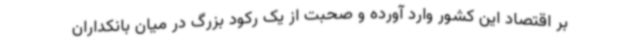
بر اقتصاد این کشور وارد آورده و صحبت از یک رکود بزرگ در میان بانکداران